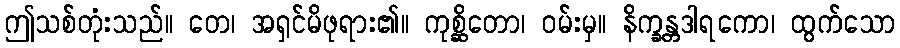
ဤသစ်တုံးသည်။ တေ၊ အရှင်မိဖုရား၏။ ကုစ္ဆိတော၊ ဝမ်းမှ။ နိက္ခန္တဒါရကော၊ ထွက်သော